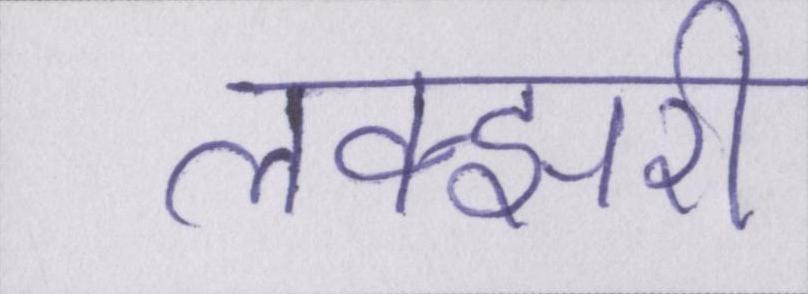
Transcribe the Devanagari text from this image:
लक्झरी